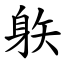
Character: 䠶